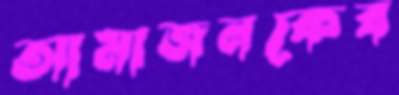
আমাজনকেব